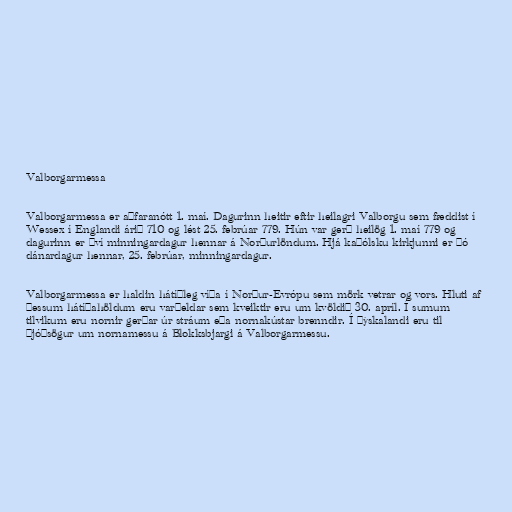
Valborgarmessa

Valborgarmessa er aðfaranótt 1. maí. Dagurinn heitir eftir heilagri Valborgu sem fæddist í
Wessex í Englandi árið 710 og lést 25. febrúar 779. Hún var gerð heilög 1. maí 779 og
dagurinn er því minningardagur hennar á Norðurlöndum. Hjá kaþólsku kirkjunni er þó
dánardagur hennar, 25. febrúar, minningardagur.

Valborgarmessa er haldin hátíðleg víða í Norður-Evrópu sem mörk vetrar og vors. Hluti af
þessum hátíðahöldum eru varðeldar sem kveiktir eru um kvöldið 30. apríl. Í sumum
tilvikum eru nornir gerðar úr stráum eða nornakústar brenndir. Í Þýskalandi eru til
þjóðsögur um nornamessu á Blokksbjargi á Valborgarmessu.